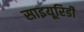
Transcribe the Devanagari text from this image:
साइयूरिडी